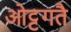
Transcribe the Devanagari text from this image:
ओट्ट्गतै